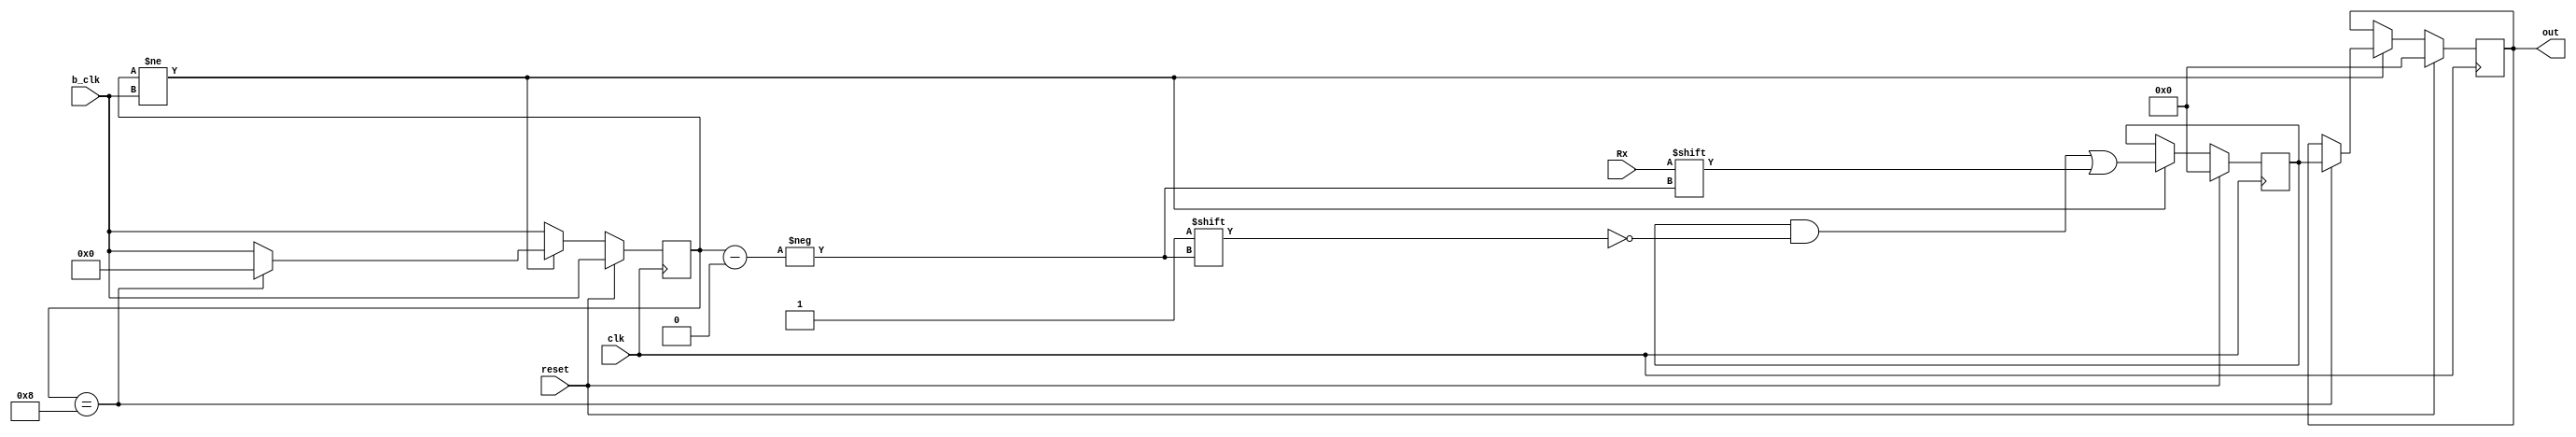
module keeper(
              input  wire       reset,
              input  wire [3:0] b_clk,
              input  wire       clk,
              input  wire       Rx,
              output reg  [7:0] out
); 
reg [3:0] prev_b_clk = 0;
reg [7:0] data       = 0;

always @(posedge clk) begin
  prev_b_clk <= b_clk;
  if (reset) begin
    out  <= 0;
    data <= 0;
  end else begin
	if (prev_b_clk != b_clk) begin
		data[prev_b_clk] <= Rx;     // zapolnyaem registr s nulevigo razriada
		if (prev_b_clk == 8) begin  
			out        <= data;		 // posle zapolnenia otpravliaem na vihod
			prev_b_clk <= 0; 
		end
	end
  end 
end 
 
endmodule